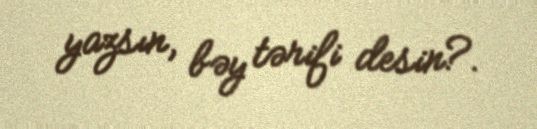
yazsın, bəy tərifi desin?.